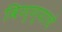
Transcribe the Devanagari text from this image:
विण्ण्याचे